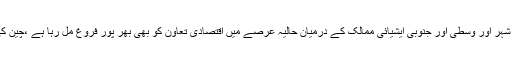
یہاں یہ بات بھی قابل زکر ہے کہ چھنگ تاو شہر اور وسطیٰ اور جنوبی ایشیائی ممالک کے درمیان حالیہ عرصے میں اقتصادی تعاون کو بھی بھر پور فروغ مل رہا ہے ،چین کی وزارت تجارت کی مدد سے شہر میں چین۔